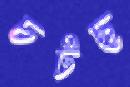
চটছ